Vaccination in Bombay 1924-1928 - 1924-1928
Year: 1924
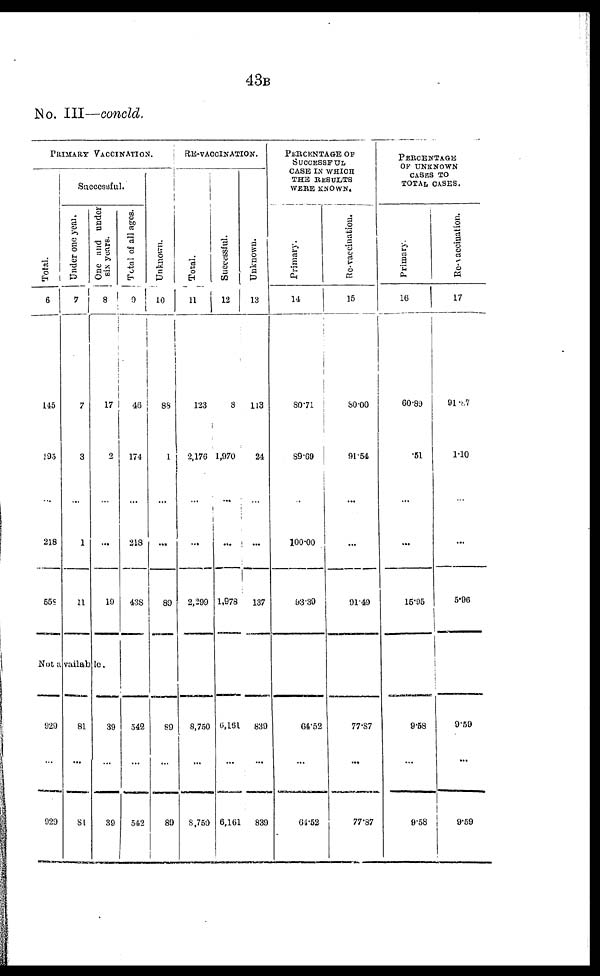
43B
No. III—concld.
PRIMARY VACCINATION.
Total.
6
145
195
218
558
Successful.
Under one year.
7
7
3
1
11
One and under
six years.
8
17
2
...
19
Not a vailable.
929
929
81
81
39
39
Total of all ages.
9
46
174
218
438
542
542
Unknown.
10
88
1
...
89
89
89
RE-VACCINATION.
Total.
11
123
2,176
...
2,299
8,750
8,750
Successful.
12
8
1,970
...
1,978
6,161
6,161
Unknown.
13
113
24
...
137
839
839
PERCENTAGE OF
SUCCESSFUL
CASE IN WHICH
THE RESULTS
WERE KNOWN.
Primary.
14
80.71
89.69
100.00
93.39
64.52
64.52
Re-vaccination.
15
80.00
91.54
...
91.49
77.87
77.87
PERCENTAGE
OF UNKNOWN
CASES TO
TOTAL CASES.
Primary.
16
60.89
.51
...
15.95
9.58
9.58
Re-vaccination.
17
91.87
1.10
...
5.96
9.59
9.59